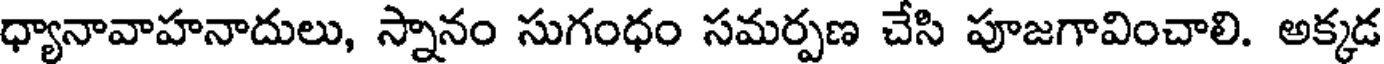
ధ్యానావాహనాదులు, స్నానం సుగంధం సమర్పణ చేసి పూజగావించాలి. అక్కడ